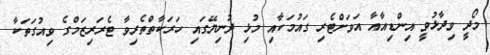
މޯދީ ވިދާޅުވީ އިންޑިއާއާ އަވަށްޓެރި ގައުމަކާއި މުޅި ދުނިޔޭގައި ހަރަކާތްތެރިވާ ޓެރަރިޒަމްގެ ވިއުގަތަކާ